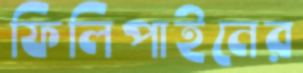
ফিলিপাইনের